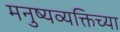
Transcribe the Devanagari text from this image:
मनुष्यव्यक्तिच्या